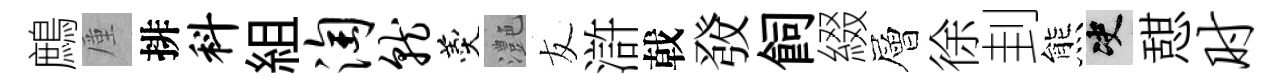
鷓厪排科組淘就羹灔友滸戟𤼲飼綴層徐刲熊决憇肘